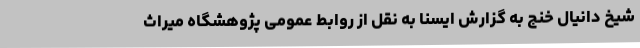
شیخ دانیال خنج به گزارش ایسنا به نقل از روابط عمومی پژوهشگاه میراث